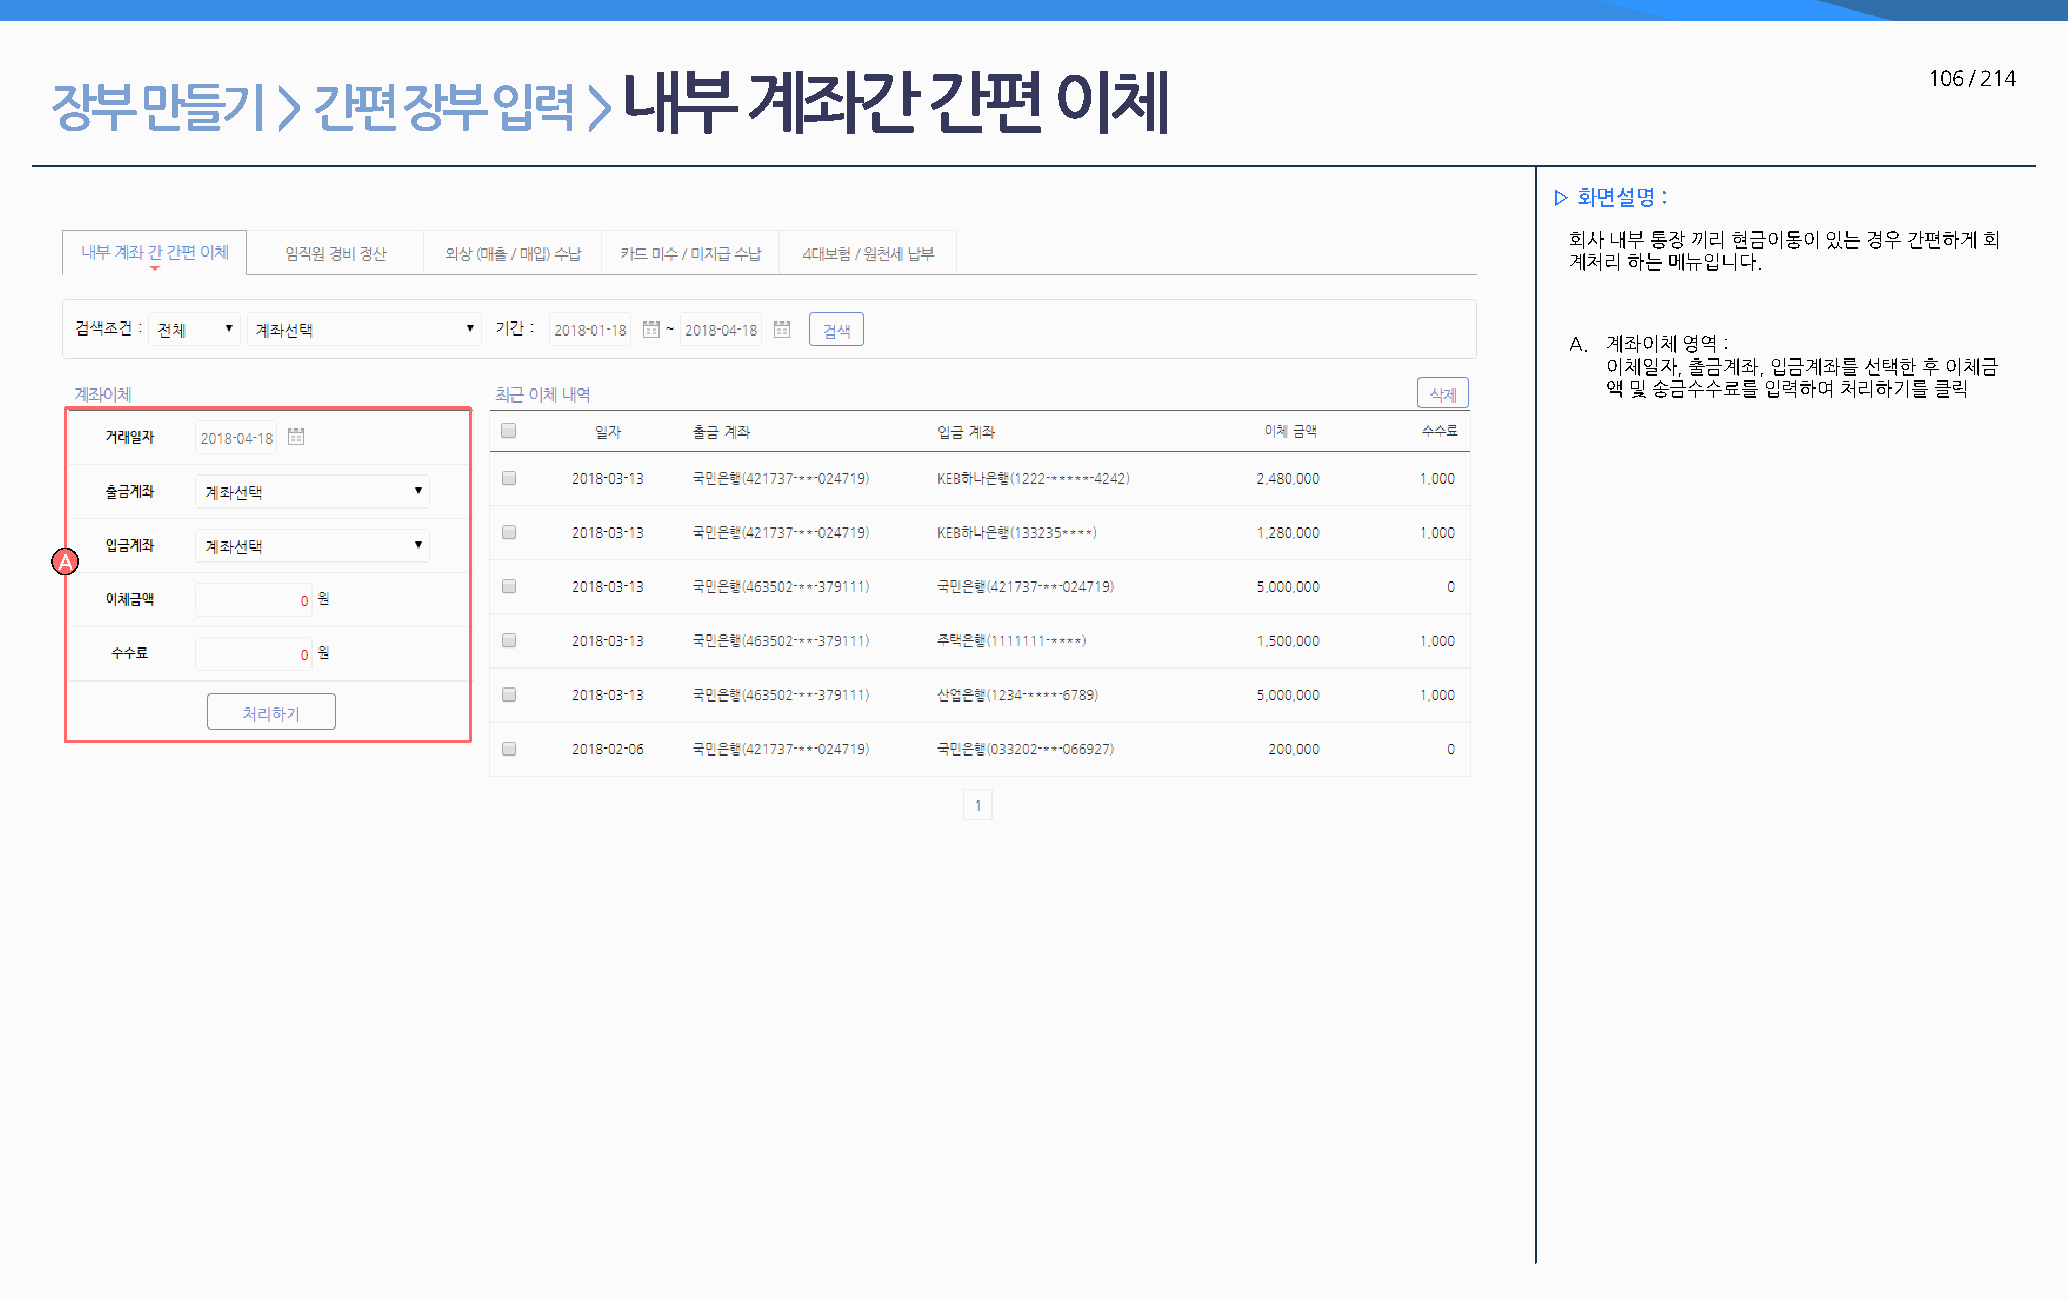
내부      계좌간         간편       이체                                                        106 / 214
 장부    만들기      >  간편    장부   입력     >
 ▷ 화면설명 :
 회사 내부 통장 끼리 현금이동이 있는 경우 간편하게 회
 계처리 하는 메뉴입니다.
 A. 계좌이체 영역 :
 이체일자, 출금계좌, 입금계좌를 선택한 후 이체금
 액 및 송금수수료를 입력하여 처리하기를 클릭
 A